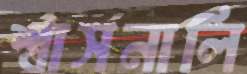
শ্বাসনালি